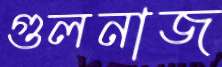
গুলনাজ